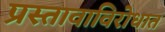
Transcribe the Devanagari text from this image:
प्रस्तावाविरोधात